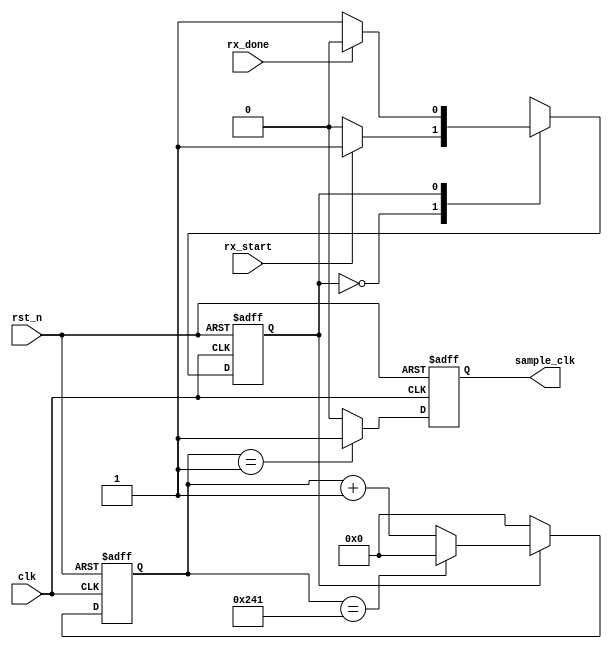
// --------------------------------------------------------------------
// >>>>>>>>>>>>>>>>>>>>>>>>> COPYRIGHT NOTICE <<<<<<<<<<<<<<<<<<<<<<<<<
// --------------------------------------------------------------------
// Github: https://github.com/halftop
// Description: generate uart rx sample clk = 9 x BAUD_RATE
// Dependencies: 
// Since: 2019-06-09 16:30:57
// LastEditors: halftop
// LastEditTime: 2019-06-09 16:30:57
// ********************************************************************
// Module Function: generate uart rx sample clk = 9 x BAUD_RATE
`timescale 1ns / 1ps

module rx_clk_gen
#(
	parameter	CLK_FREQUENCE	= 50_000_000,	//hz
				BAUD_RATE		= 9600		 	//960019200 38400 57600 115200230400460800921600
)
(
	input					clk			,
	input					rst_n		,
	input					rx_start	,
	input					rx_done		,
	output	reg				sample_clk	 
);

localparam	SMP_CLK_CNT	=	CLK_FREQUENCE/BAUD_RATE/9 - 1,
			CNT_WIDTH	=	log2(SMP_CLK_CNT)			 ;

reg		[CNT_WIDTH-1:0]	clk_count	;
reg		cstate;
reg		nstate;
//FSM-1	1'b0:IDLE 1'b1:RECEIVE
always @(posedge clk or negedge rst_n) begin
	if (!rst_n) begin
		cstate <= 1'b0;
	end else begin
		cstate <= nstate;
	end
end
//FSM-2
always @(*) begin
	case (cstate)
		1'b0: nstate = rx_start ? 1'b1 : 1'b0;
		1'b1: nstate = rx_done ? 1'b0 : 1'b1 ;
		default: nstate = 1'b0;
	endcase
end
//FSM-3 FSM's output(clk_count_en) is equal to cstate

//sample_clk_counter
always @(posedge clk or negedge rst_n) begin
	if (!rst_n) 
		clk_count <= 'd0;
	else if (!cstate) 
		clk_count <= 'd0;
	else if (clk_count == SMP_CLK_CNT)
		clk_count <= 'd0;
	else
		clk_count <= clk_count + 1'b1;
end
//generate sample_clk = 9xBAUD_RATE
always @(posedge clk or negedge rst_n) begin
	if (!rst_n) 
		sample_clk <= 1'b0;
	else if (clk_count == 1'b1) 
		sample_clk <= 1'b1;
	else 
		sample_clk <= 1'b0;
end
//get the width of sample_clk_counter
function integer log2(input integer v);
  begin
	log2=0;
	while(v>>log2) 
	  log2=log2+1;
  end
endfunction

endmodule